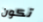
تكون